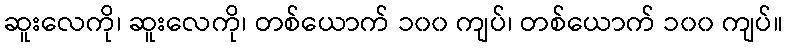
ဆူးလေကို၊ ဆူးလေကို၊ တစ်ယောက် ၁၀၀ ကျပ်၊ တစ်ယောက် ၁၀၀ ကျပ်။